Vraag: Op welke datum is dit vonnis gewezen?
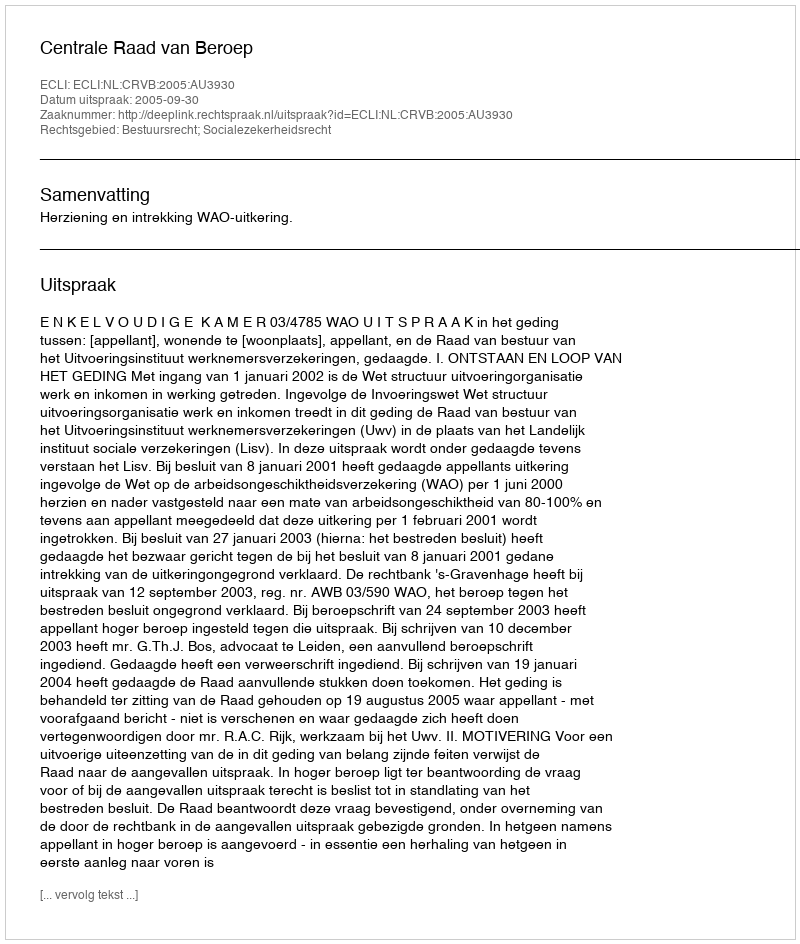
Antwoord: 2005-09-30